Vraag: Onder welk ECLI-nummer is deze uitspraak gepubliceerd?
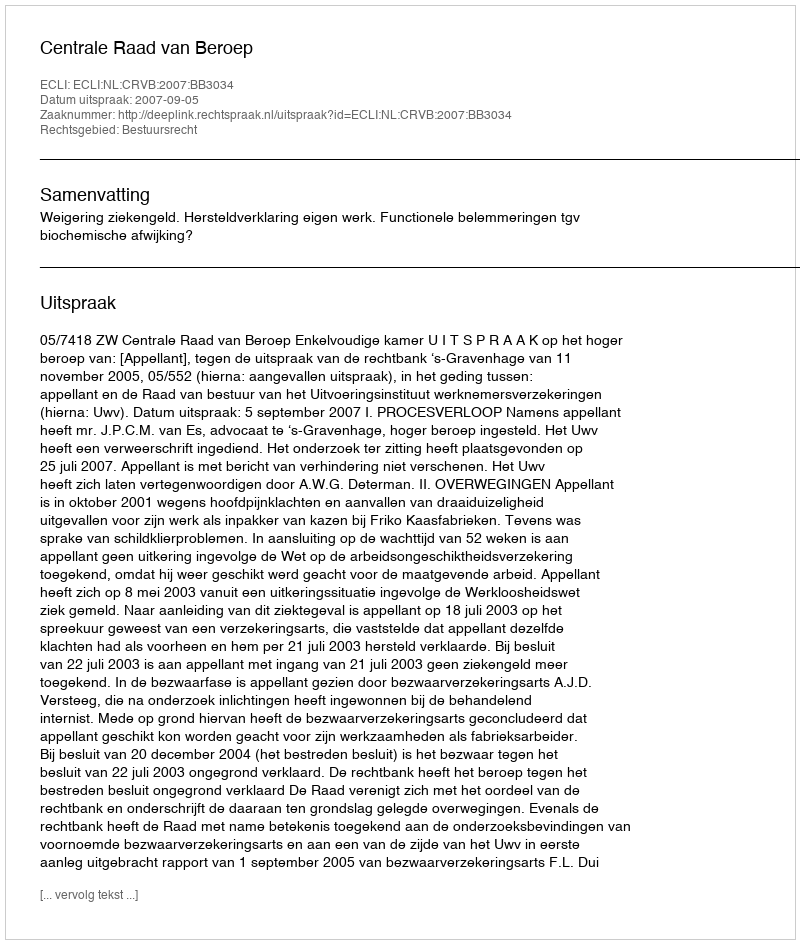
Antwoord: ECLI:NL:CRVB:2007:BB3034